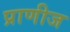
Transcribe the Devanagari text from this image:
प्राणीज